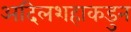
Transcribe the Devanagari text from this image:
अदिलशहाकडुन